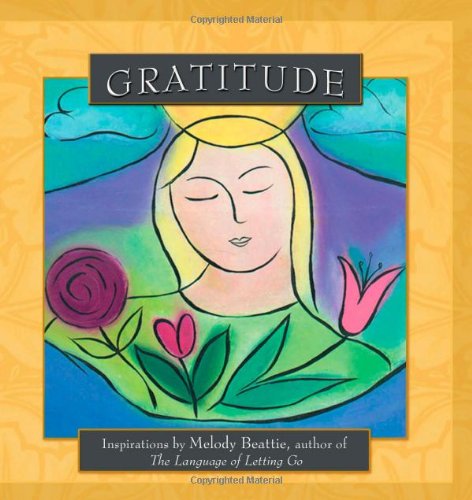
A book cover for Gratitude: Inspirations by Melody Beattie; Melody Beattie; Health, Fitness & Dieting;